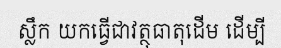
ស្លឹក យកធ្វើជាវត្ថុធាតុដើម ដើម្បី